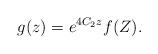
LaTeX: \begin{align*}g(z)=e^{4C_2z}f(Z).\end{align*}